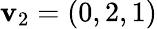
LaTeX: \mathbf{v}_{2}=(0,2,1)